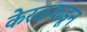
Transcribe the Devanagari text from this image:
केरळकडून